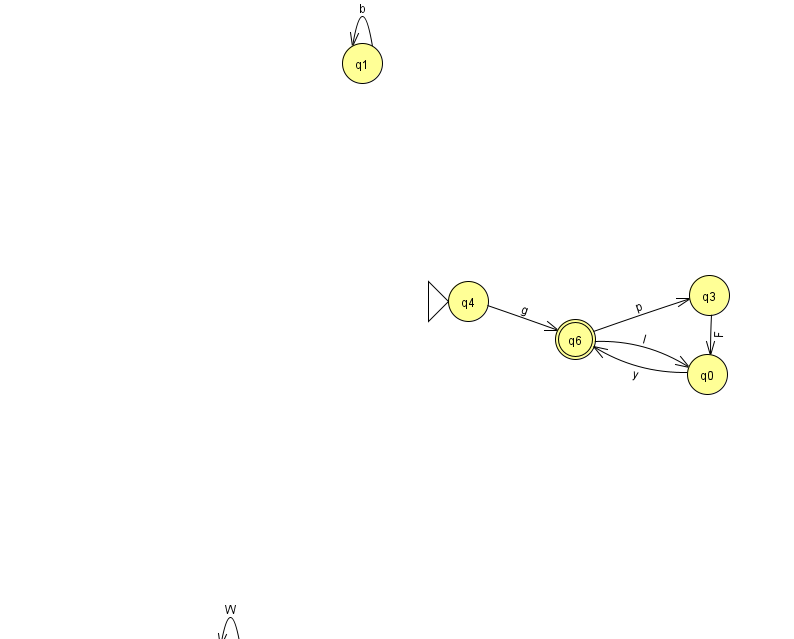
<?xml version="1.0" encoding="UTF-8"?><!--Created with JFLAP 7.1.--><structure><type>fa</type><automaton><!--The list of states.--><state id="0" name="q0"><x>707.0</x><y>361.0</y></state><state id="1" name="q1"><x>362.0</x><y>50.0</y></state><state id="2" name="q2"><x>230.0</x><y>651.0</y></state><state id="3" name="q3"><x>709.0</x><y>282.0</y></state><state id="4" name="q4"><x>468.0</x><y>288.0</y><initial/></state><state id="6" name="q6"><x>575.0</x><y>326.0</y><final/></state><!--The list of transitions.--><transition><from>3</from><to>0</to><read>F</read></transition><transition><from>1</from><to>1</to><read>b</read></transition><transition><from>0</from><to>6</to><read>y</read></transition><transition><from>6</from><to>0</to><read>I</read></transition><transition><from>2</from><to>2</to><read>W</read></transition><transition><from>4</from><to>6</to><read>g</read></transition><transition><from>6</from><to>3</to><read>p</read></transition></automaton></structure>